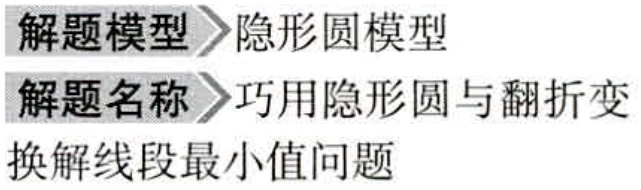
\begin{document}

解题模型 隐形圆模型

解题名称 巧用隐形圆与翻折变

换解线段最小值问题

\end{document}